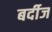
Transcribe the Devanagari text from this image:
बर्दीज